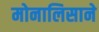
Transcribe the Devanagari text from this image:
मोनालिसाने